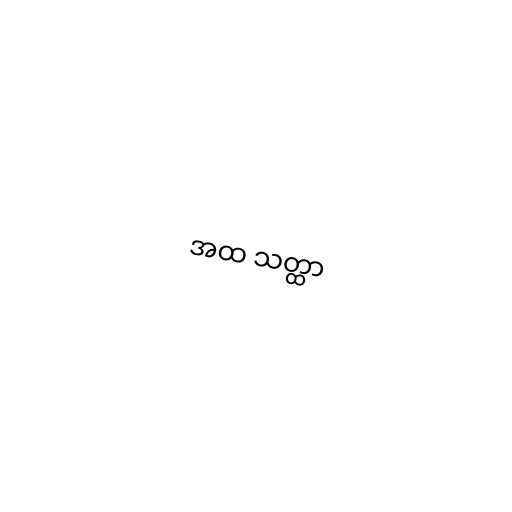
အထ သတ္ထာ